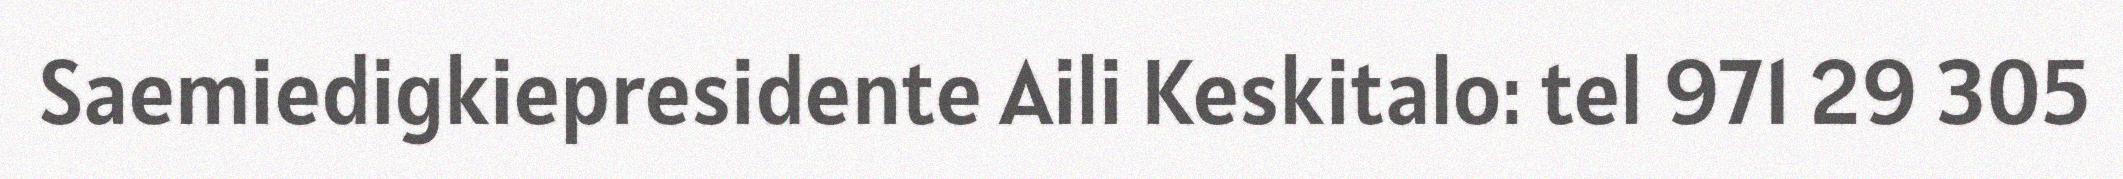
Saemiedigkiepresidente Aili Keskitalo: tel 971 29 305